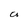
Character: a